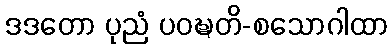
ဒဒတော ပုညံ ပဝဍ္ဎတိ-စသောဂါထာ